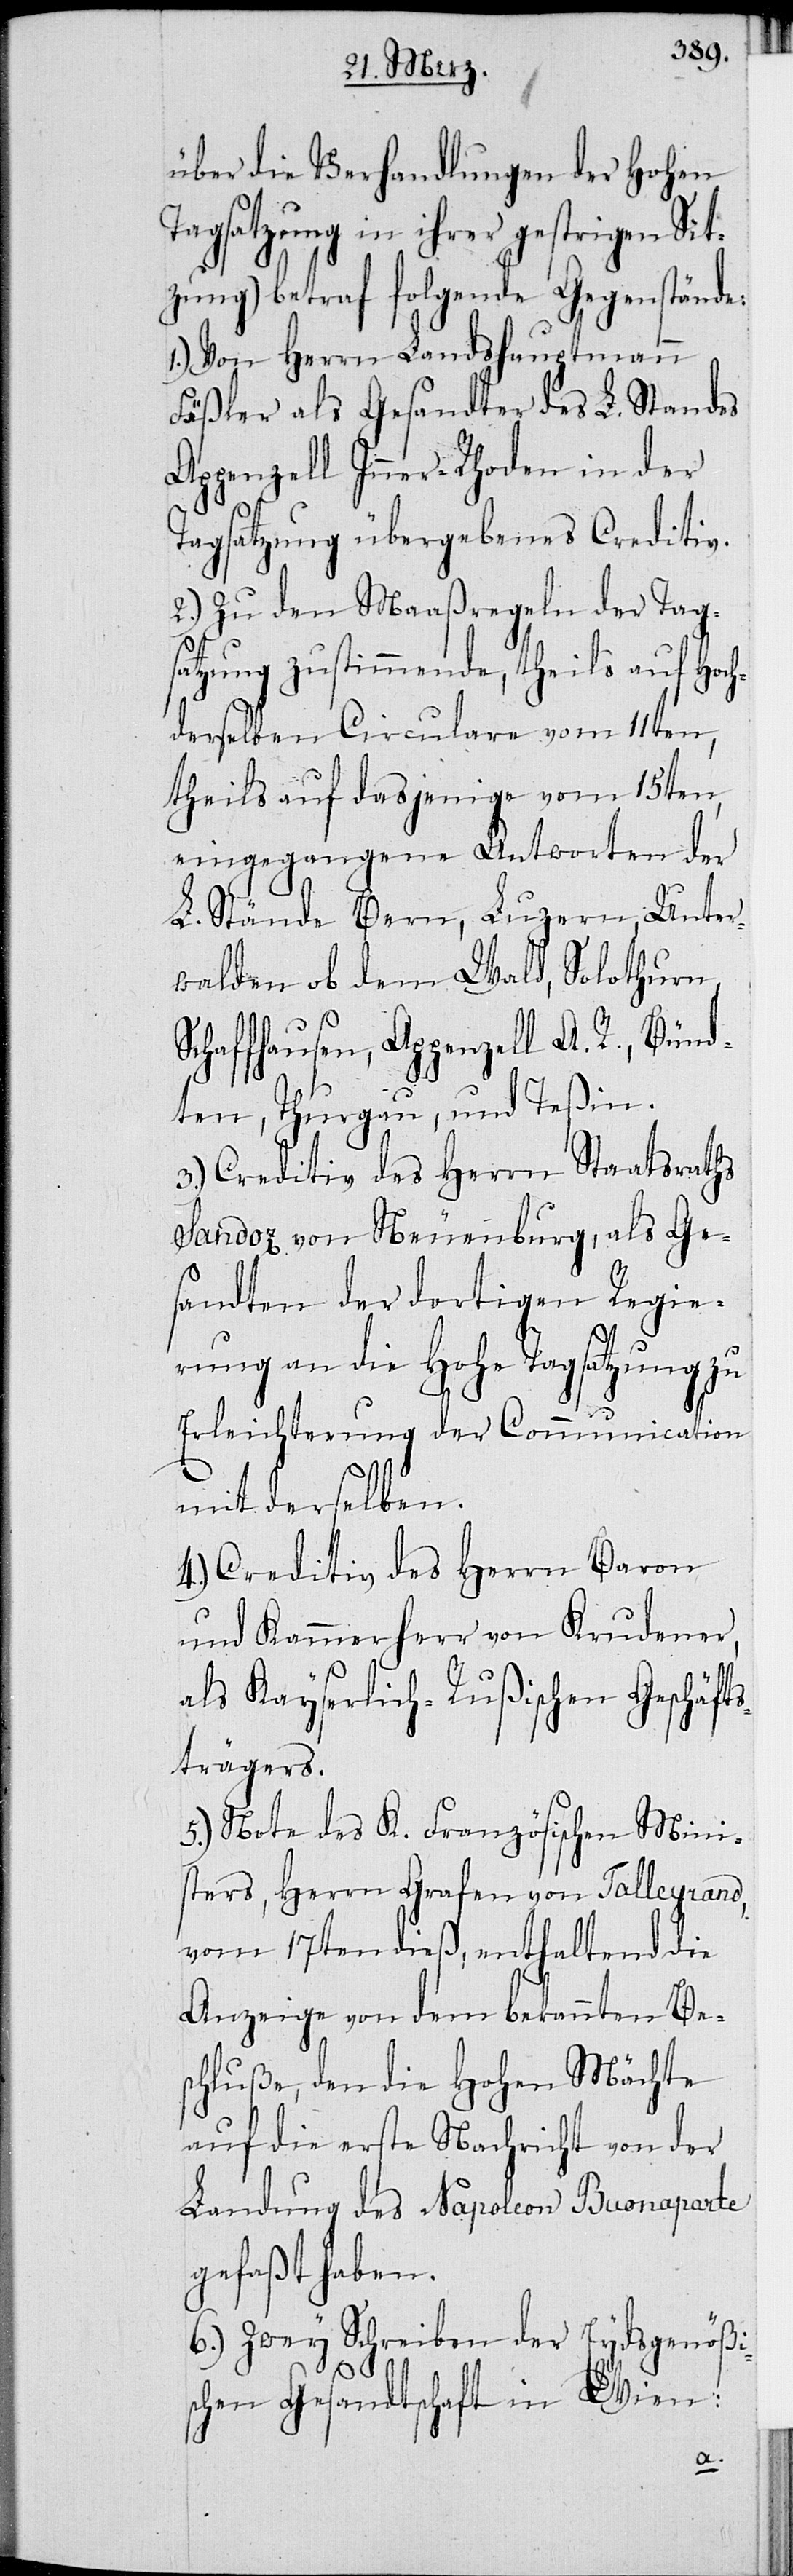
über die Verhandlungen der Hohen
Tagsatzung [(]in ihrer gestrigen Sit¬
zung) betraf folgende Gegenstände:
1.) Von Herrn Landeshauptmann
Fäßler als Gesandter des L. Standes
Appenzell Inner-Rhoden in der
Tagsatzung übergebenes Creditiv.
2.) Zu den Maaßregeln der Tag¬
satzung zustimmende, theils auf Hoch¬
derselben Circulare vom 11ten,
theils auf dasjenige vom 15ten,
eingegangene Antworten der
L. Stände Bern, Luzern, Unter¬
walden ob dem Wald, Solothurn,
Schaffhausen, Appenzell A. R., Bünd¬
ten, Thurgau und Teßin.
3.) Creditiv des Herrn Staatsrath
Sandoz von Neuenburg, als Ge¬
sandten der dortigen Regie¬
rung an die Hohe Tagsatzung zu
Erleichterung der Communication
mit derselben.
4.) Creditiv des Herrn Baron
und Kammerherr von Krudener,
als Kayserlich-Rußischen Geschäfts¬
trägers.
5.) Note des K. Französischen Mini¬
sters, Herrn Grafen von Talleyrand,
vom 17ten dieß, enthaltend die
Anzeige von dem bekannten Be¬
schluße, den die Hohen Mächte
auf die erste Nachricht von der
Landung des Napoleon Buonaparte
gefaßt haben.
6.) Zwey Schreiben der Eydsgenößi¬
schen Gesandtschaft in Wien: